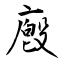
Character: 廏